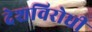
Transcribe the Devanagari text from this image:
देशविरोधी